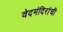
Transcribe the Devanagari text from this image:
वेदमंदिरांची